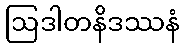
ဩဒါတနိဒဿနံ